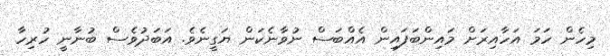
މިހެން ހަމަ އަހާއިރަށް މައިންބަފައިން އެއްބަސް ނުވާނެކަން ޔަގީނެވެ. އަބަދުވެސް ބުނާނީ ހުރިހާ